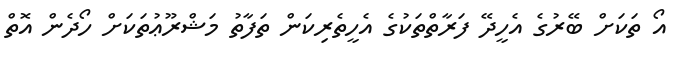
އޯ ތަކަށް ބޭރުގެ އެހީދޭ ފަރާތްތަކުގެ އެހީތެރިކަން ތަފާތު މަޝްރޫޢުތަކަށް ހޯދެން އޮތް